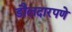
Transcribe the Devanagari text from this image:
डौलदारपणे